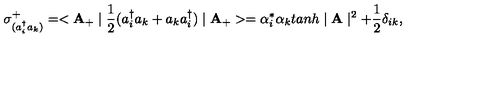
\sigma _ { ( a _ { i } ^ { \dag } a _ { k } ) } ^ { + } = < { \bf A } _ { + } \mid \frac { 1 } { 2 } ( a _ { i } ^ { \dag } a _ { k } + a _ { k } a _ { i } ^ { \dag } ) \mid { \bf A _ { + } } > = \alpha _ { i } ^ { * } \alpha _ { k } t a n h \mid { \bf A } \mid ^ { 2 } + \frac { 1 } { 2 } \delta _ { i k } , \nonumber \,